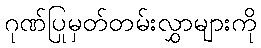
ဂုဏ်ပြုမှတ်တမ်းလွှာများကို